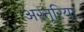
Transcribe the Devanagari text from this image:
अस्तूरिया